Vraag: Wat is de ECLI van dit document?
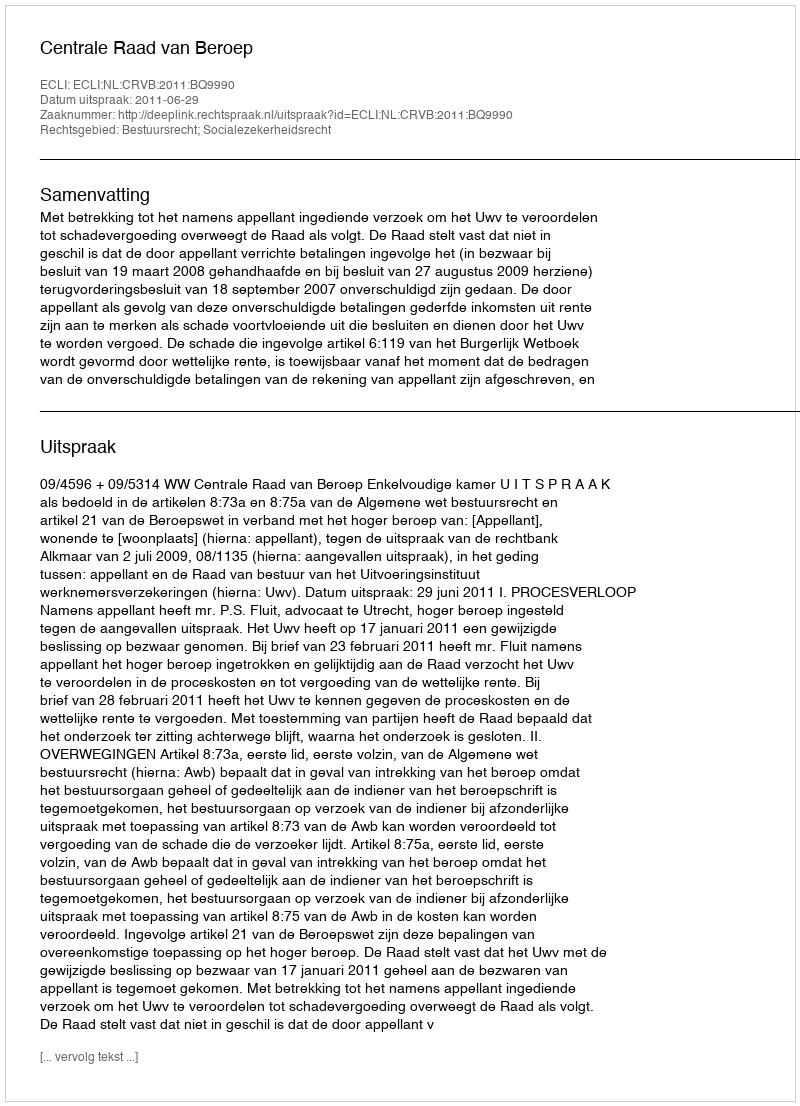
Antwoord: ECLI:NL:CRVB:2011:BQ9990